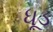
ધૂડ